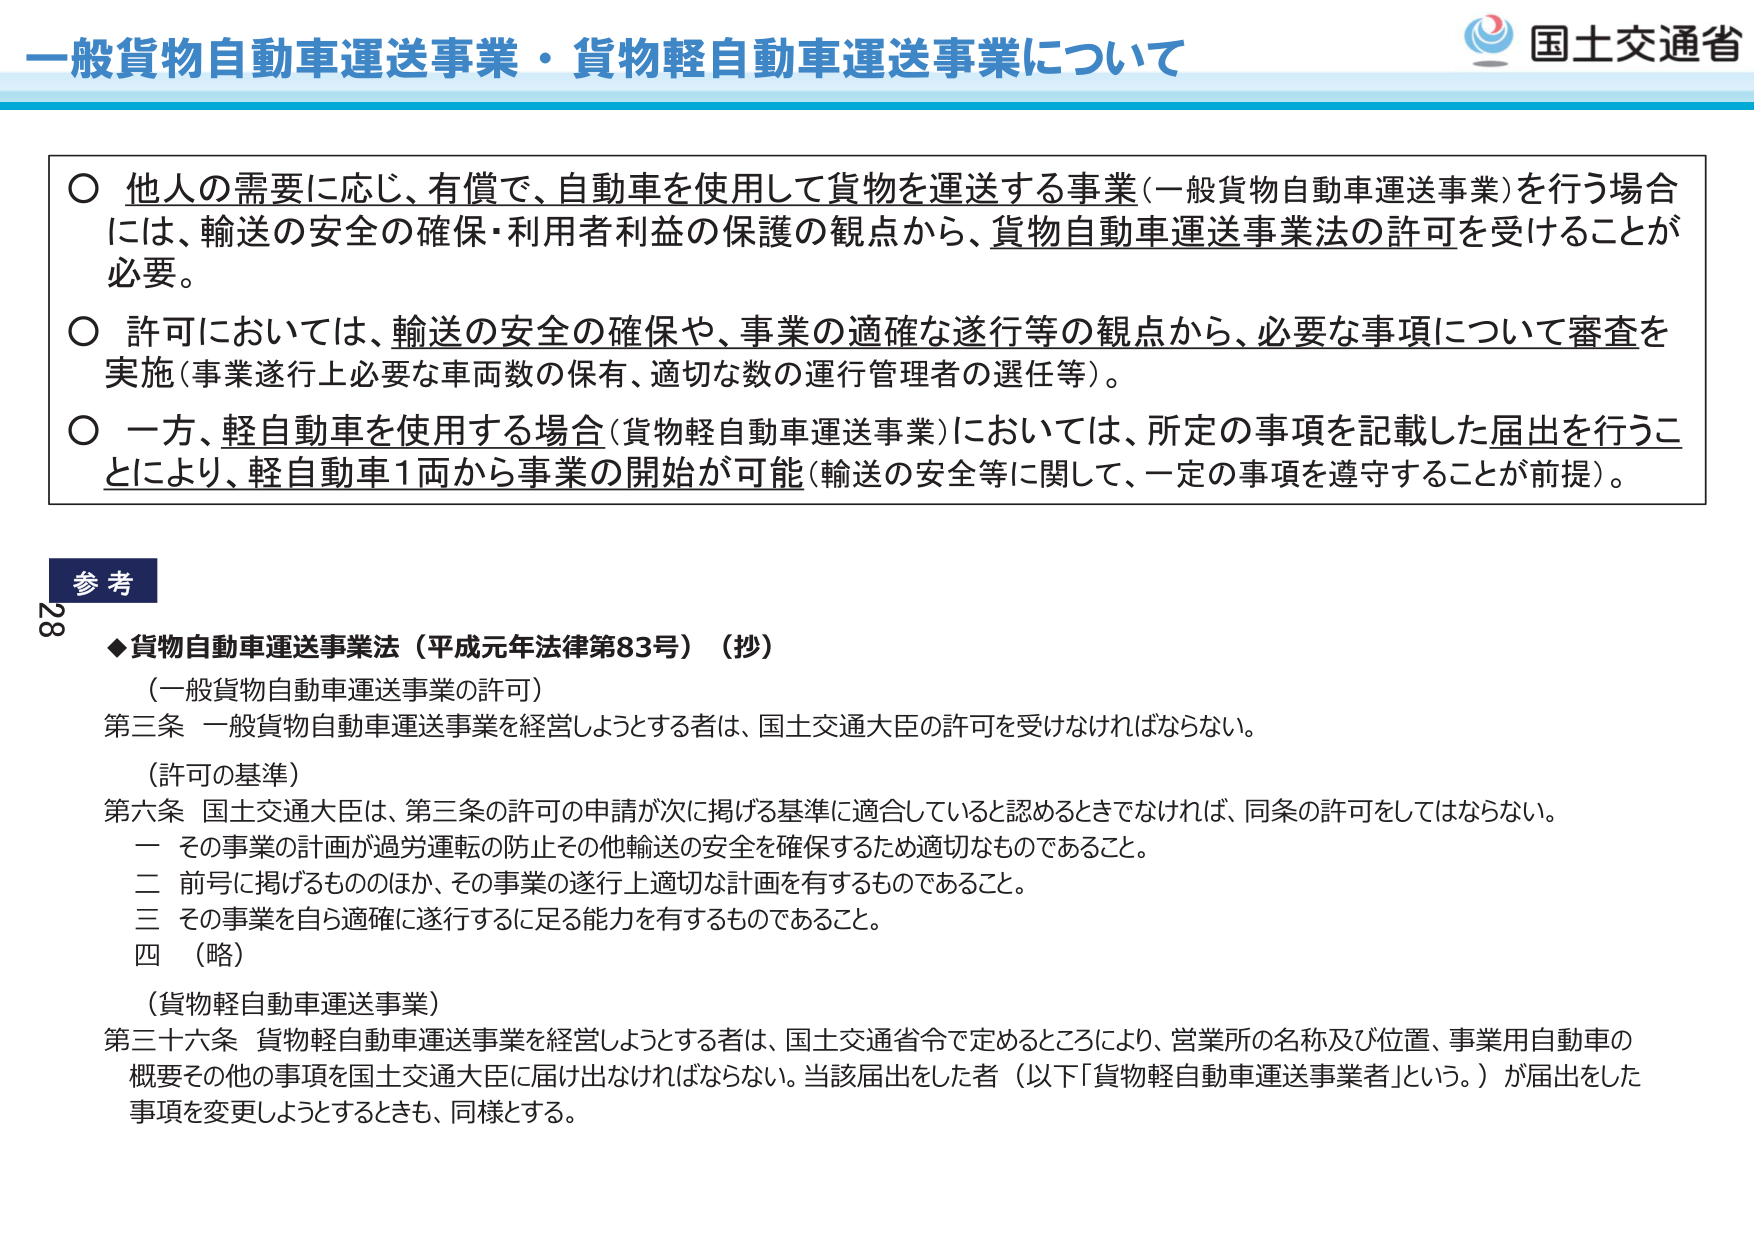
一般貨物自動車運送事業・貨物軽自動車運送事業について

○ 他人の需要に応じ、有償で、自動車を使用して貨物を運送する事業（一般貨物自動車運送事業）を行う場合には、輸送の安全の確保・利用者利益の保護の観点から、貨物自動車運送事業法の許可を受けることが必要。

○ 許可においては、輸送の安全の確保や、事業の適確な遂行等の観点から、必要な事項について審査を実施（事業遂行上必要な車両数の保有、適切な数の運行管理者の選任等）。

○ 一方、軽自動車を使用する場合（貨物軽自動車運送事業）においては、所定の事項を記載した届出を行うことにより、軽自動車1両から事業の開始が可能（輸送の安全等に関して、一定の事項を遵守することが前提）。

参考
◆貨物自動車運送事業法（平成元年法律第83号）（抄）
（一般貨物自動車運送事業の許可）
第三条 一般貨物自動車運送事業を経営しようとする者は、国土交通大臣の許可を受けなければならない。

（許可の基準）
第六条 国土交通大臣は、第三条の許可の申請が次に掲げる基準に適合していると認めるときでなければ、同条の許可をしてはならない。
一 その事業の計画が過労運転の防止その他輸送の安全を確保するため適切なものであること。
二 前号に掲げるもののほか、その事業の遂行上適切な計画を有するものであること。
三 その事業を自ら適確に遂行するに足る能力を有するものであること。
四 （略）

（貨物軽自動車運送事業）
第三十六条 貨物軽自動車運送事業を経営しようとする者は、国土交通省令で定めるところにより、営業所の名称及び位置、事業用自動車の概要その他の事項を国土交通大臣に届け出なければならない。当該届出をした者（以下「貨物軽自動車運送事業者」という。）が届出をした事項を変更しようとするときも、同様とする。

国土交通省